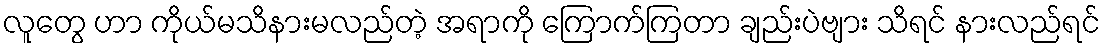
လူတွေ ဟာ ကိုယ်မသိနားမလည်တဲ့ အရာကို ကြောက်ကြတာ ချည်းပဲဗျား သိရင် နားလည်ရင်